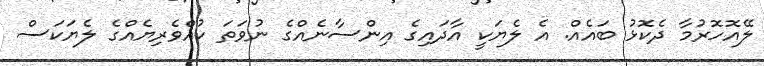
ލޭއޮހޮރުމާ ދެކޮޅު ބައެއް. އެ ލެޔަކީ އާދައިގެ އިންސާނެއްގެ ނުވަތަ ކުއްވެރިޔެއްގެ ލެޔަކަސް